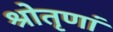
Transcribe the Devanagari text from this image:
श्रोतृणां